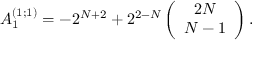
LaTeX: A _ { 1 } ^ { ( 1 ; 1 ) } = - 2 ^ { N + 2 } + 2 ^ { 2 - N } \left( \begin{array} { c } { { 2 N } } \\ { { N - 1 } } \end{array} \right) .